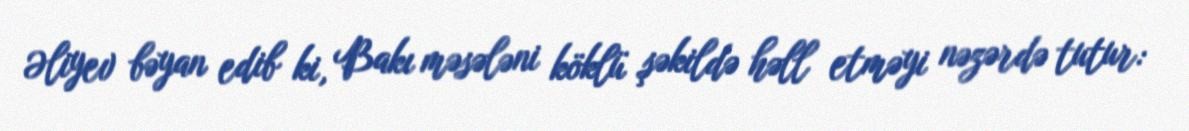
Əliyev bəyan edib ki, Bakı məsələni köklü şəkildə həll etməyi nəzərdə tutur: